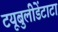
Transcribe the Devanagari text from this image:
टयूबुलीडेंटाटा